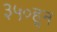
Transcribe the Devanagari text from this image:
३५०हून